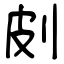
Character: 㓟